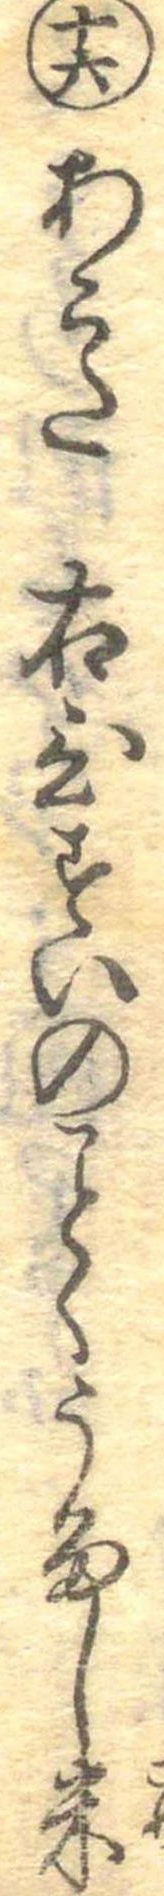
十六あこた右ひすいのくうるし米